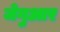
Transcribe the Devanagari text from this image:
जेगुआर